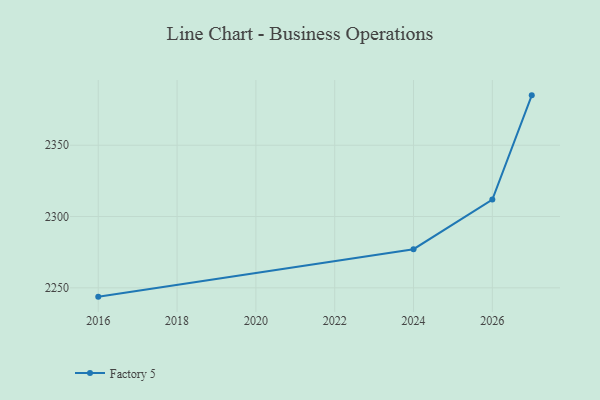
{"axis": {"x": "Year", "y": "Headcount"}, "legend": ["Factory 5"], "data": [{"x": "2016", "y": 2243.8, "type": "Factory 5"}, {"x": "2024", "y": 2277.1, "type": "Factory 5"}, {"x": "2026", "y": 2311.9, "type": "Factory 5"}, {"x": "2027", "y": 2385.0, "type": "Factory 5"}]}